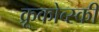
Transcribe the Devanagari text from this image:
क्रूकोव्स्की